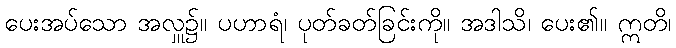
ပေးအပ်သော အလှူ၌။ ပဟာရံ၊ ပုတ်ခတ်ခြင်းကို။ အဒါသိ၊ ပေး၏။ ဣတိ၊